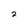
Character: 2